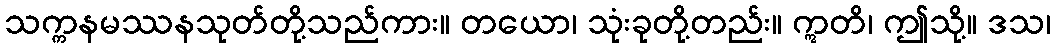
သက္ကနမဿနသုတ်တို့သည်ကား။ တယော၊ သုံးခုတို့တည်း။ ဣတိ၊ ဤသို့။ ဒသ၊